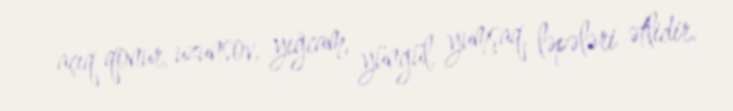
açıq qonur, uzunsov, yığcam, yüngül, yumşaq, ləpələri ətlidir.